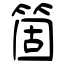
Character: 箇